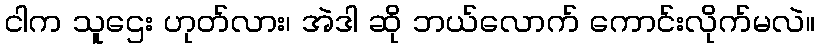
ငါက သူဌေး ဟုတ်လား၊ အဲဒါ ဆို ဘယ်လောက် ကောင်းလိုက်မလဲ။